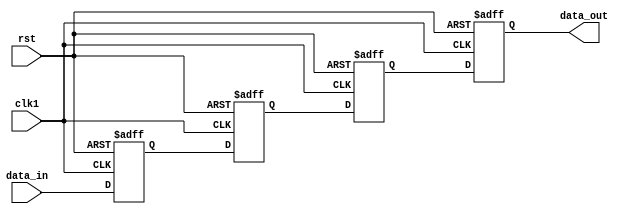
module four_flop_synchronizer (
  input wire clk1, // clock signal for input domain
  input wire rst, // asynchronous reset
  input wire [3:0] data_in, // input data signal
  output reg [3:0] data_out // synchronized output data signal
);

reg [3:0] ff1, ff2, ff3, ff4; // flip-flop signals

always @(posedge clk1 or posedge rst) begin
  if (rst) begin
    ff1 <= 4'b0;
    ff2 <= 4'b0;
    ff3 <= 4'b0;
    ff4 <= 4'b0;
  end else begin
    ff1 <= data_in;
    ff2 <= ff1;
    ff3 <= ff2;
    ff4 <= ff3;
  end
end

assign data_out = ff4;

endmodule